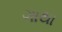
ગાથા